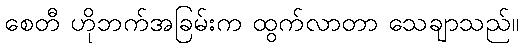
စေတီ ဟိုဘက်အခြမ်းက ထွက်လာတာ သေချာသည်။